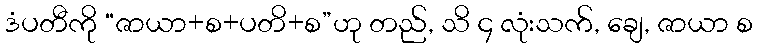
ဒံပတီကို “ဇာယာ+စ+ပတိ+စ”ဟု တည်, သိ ၄ လုံးသက်, ချေ, ဇာယာ စ